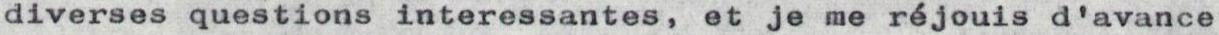
diverses questions interessantes, et je me réjouis d'avance